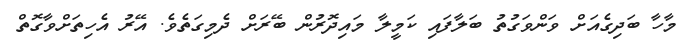
މާހާ ބަދިގެއަށް ވަންވަގުތު ބަލާފައި ކަމީލާ މައިދޮރުން ބޭރަށް ދެމިގަތެވެ. އޭރު އެހިތަށްވާގޮތް